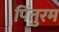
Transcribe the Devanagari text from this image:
पिंतुरम